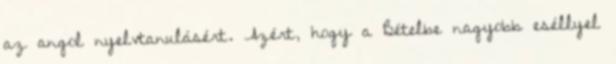
az angol nyelvtanulásért. Azért, hogy a Bételbe nagyobb eséllyel